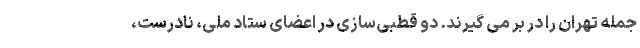
جمله تهران را در بر می گیرند. دو قطبی‌سازی در اعضای ستاد ملی، نادرست،